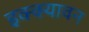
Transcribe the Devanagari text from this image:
इक्क्यावन